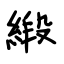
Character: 緞